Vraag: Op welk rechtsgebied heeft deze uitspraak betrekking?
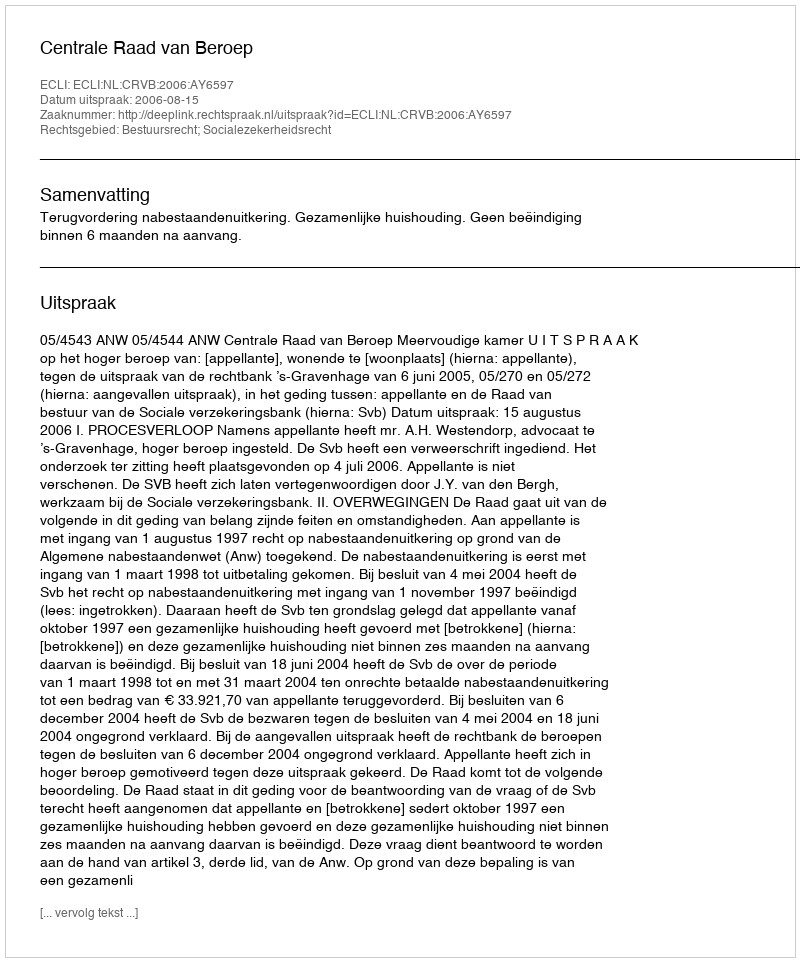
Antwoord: Bestuursrecht; Socialezekerheidsrecht